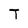
Character: T